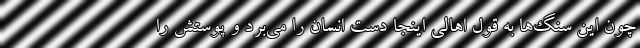
چون این سنگ‌ها به قول اهالی اینجا دست انسان را می‌بَرَد و پوستش را